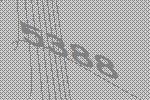
5388